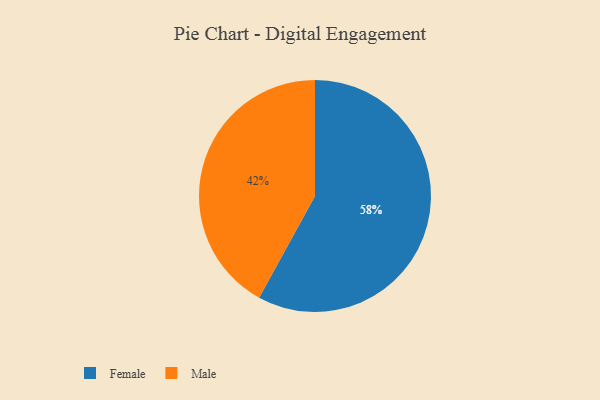
{"axis": {"x": "Category", "y": "Percentage"}, "legend": ["Female", "Male"], "data": [{"x": "Male", "y": 42, "type": "Male"}, {"x": "Female", "y": 58, "type": "Female"}]}